Laimjala_vallavalitsus, lk 31
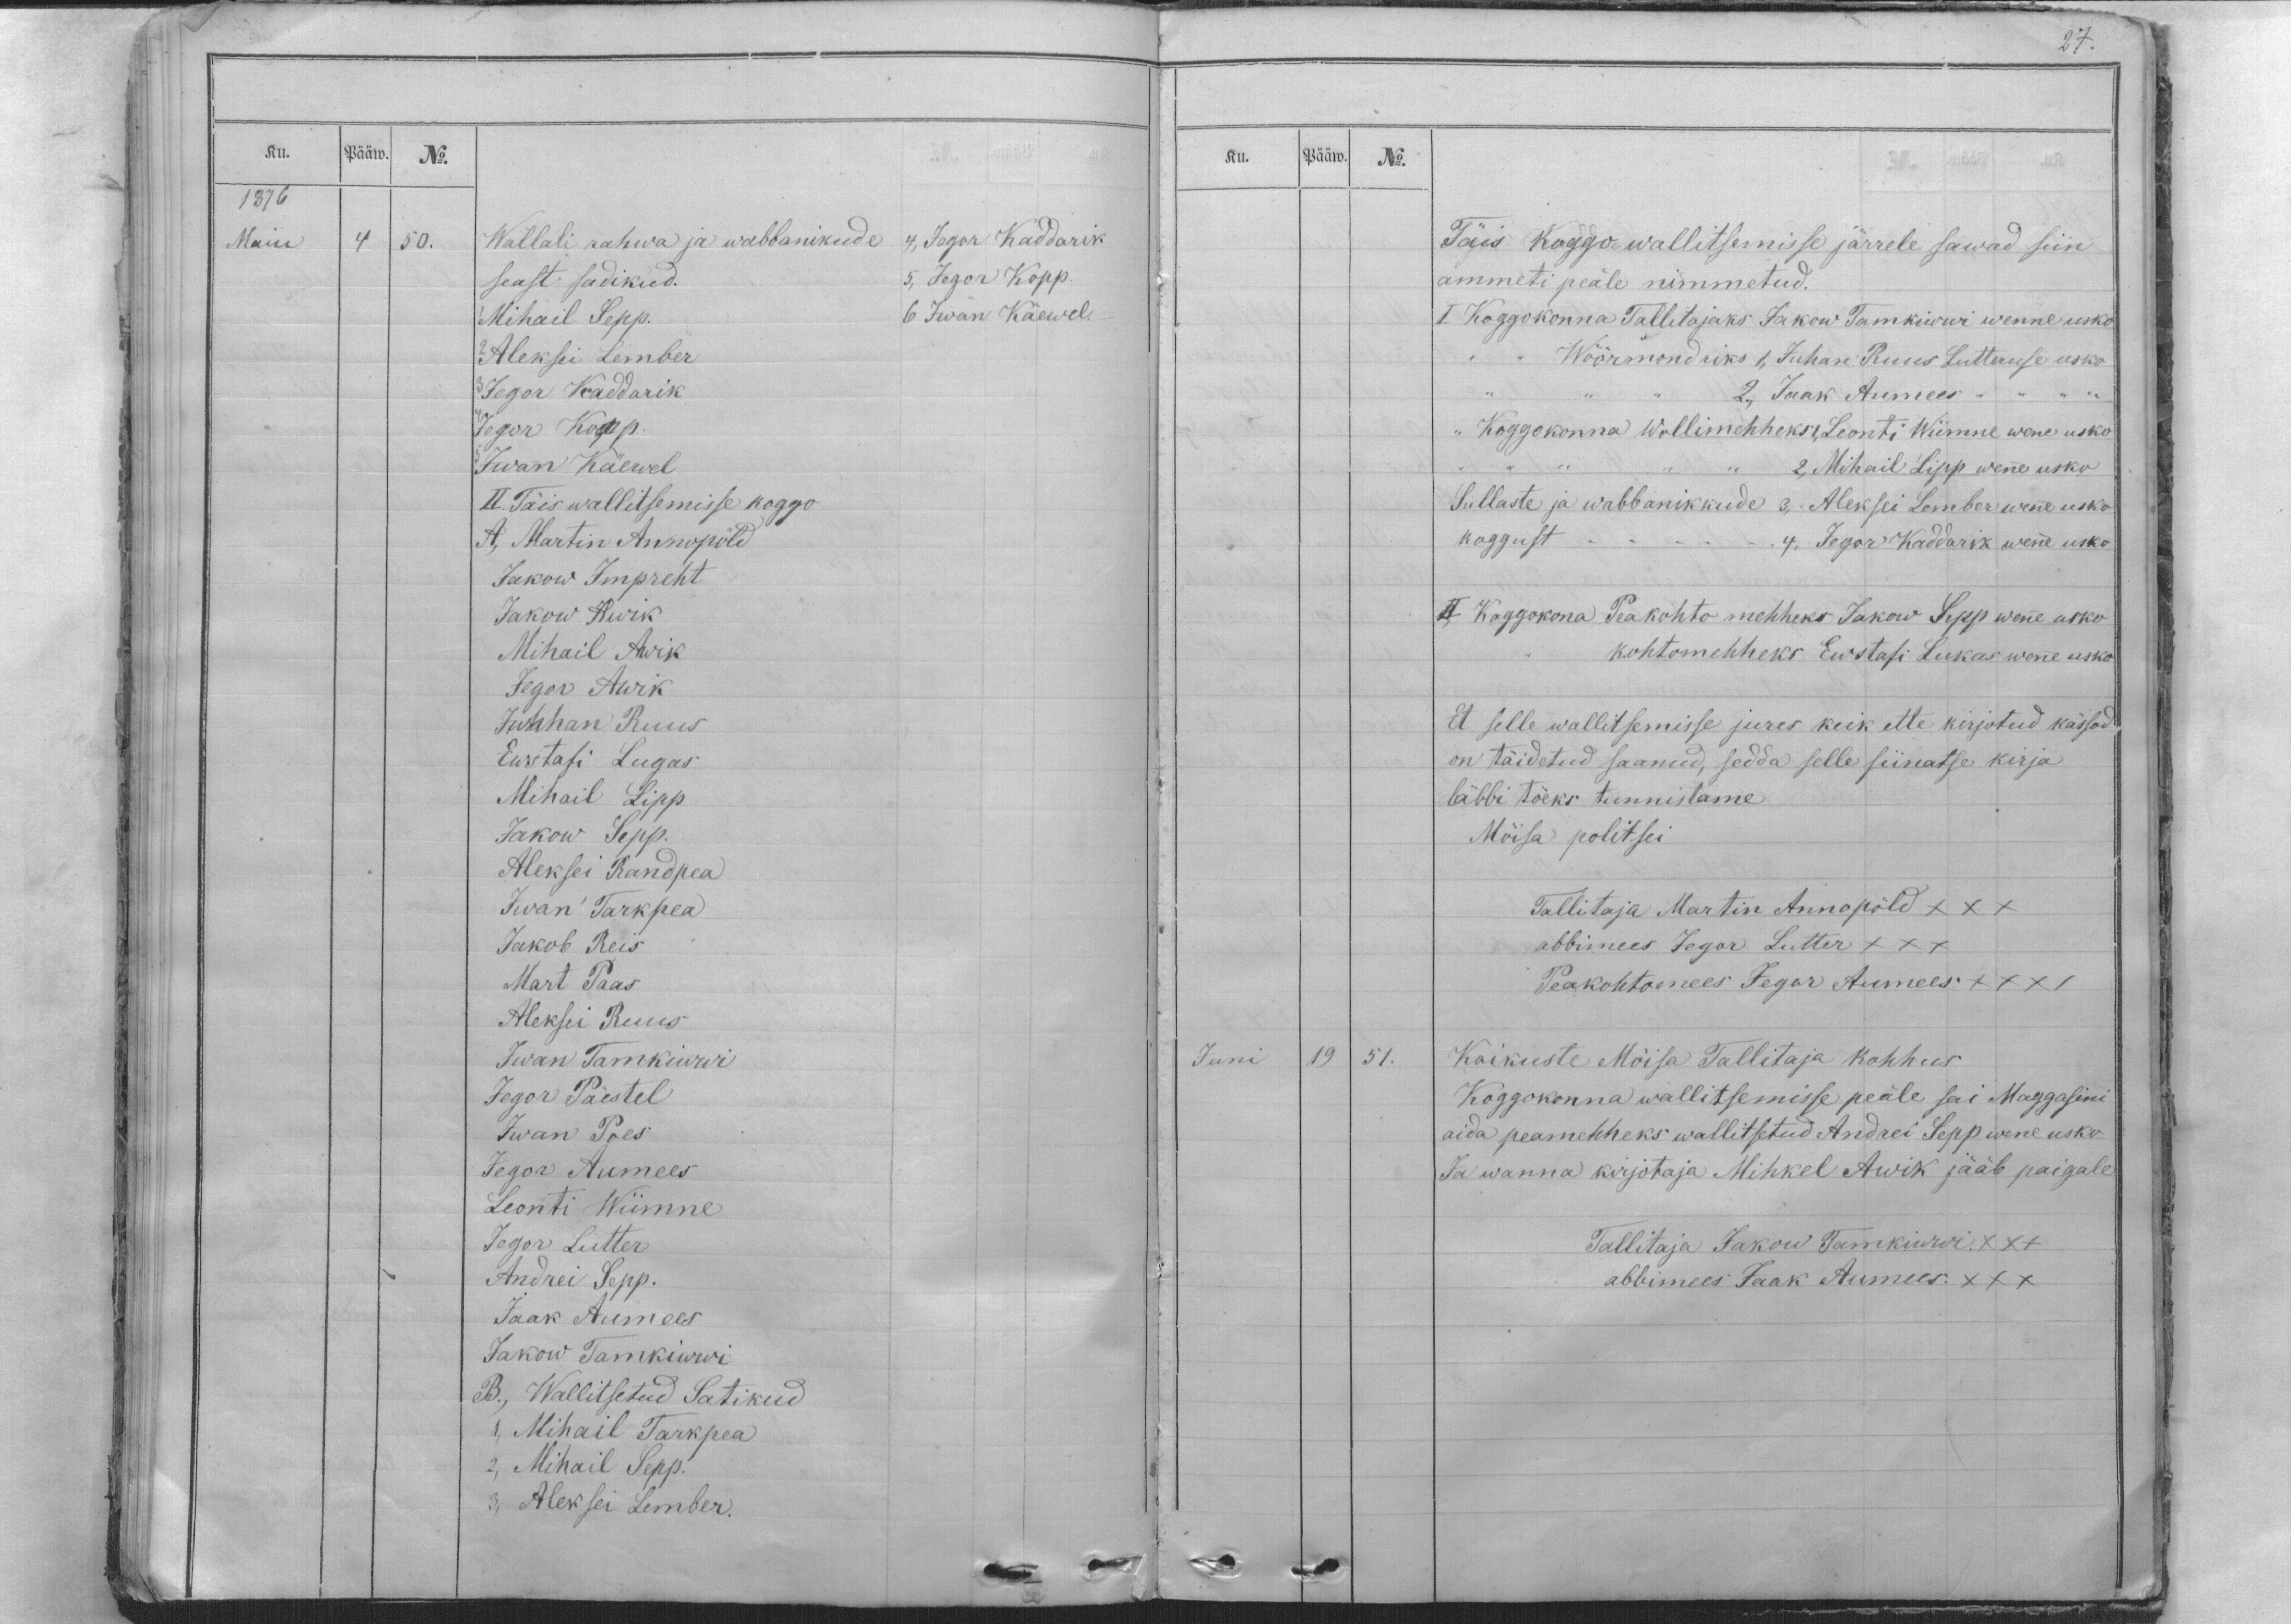
Ku.
Pääw.
No.
1876
Maiu
4
50.
Wallali rahwa ja wabbanikude
4, Jegor Kaddarik
seast sadikud.
5, Jegor Kopp.
1 Mihail Sepp.
6 Iwan Käewel.
2 Aleksei Lember
3 Jegor Kaddarik
4 Jegor Kopp.
5 Iwan Käewel
II. Täis wallitsemisse koggo
A, Martin Annopöld
Jakow Impreht
Jakow Awik
Mihail Awik
Jegor Awik
Juhhan Ruus
Ewstafi Lugas
Mihail Lipp
Jakow Sepp.
Aleksei Randpea
Iwan Tarkpea
Jakob Reis
Mart Paas
Aleksei Ruus
Iwan Tamkiwwi
Jegor Päestel
Iwan Poes
Jegor Aumees
Leonti Wiimne
Jegor Lutter
Andrei Sepp.
Jaak Aumees
Jakow Tamkiwwi
B., Wallitsetud Satikud
1, Mihail Tarkpea
2, Mihail Sepp.
3. Aleksei Lember.

27.
Ku.
Pääw.
No.
Täis koggo wallitsemisse järrele sawad siin
ammeti peäle nimmetud.
I Koggokonna Tallitajaks Jakow Tamkiwwi wenne usko
,, ,, Wöörmondriks 1, Juhan Ruus Lutteruse usko
,, ,, ,, 2., Jaak Aumees ,, ,, ,, ,,
,, Koggokonna Wollimehheks 1, Leonti Wiimne wene usko
,, ,, ,, ,, ,, 2, Mihail Lipp wenne usko
Sullaste ja wabbanikkude 3,. Aleksei Lember wenne usko
koggust - - - - 4, Jegor Kaddarik wenne usko
II Koggokona Peakohto mehheks Jakow Sepp wenne usko
,, kohtomehheks Ewstafi Lukas wenne usko
Et selle wallitsemisse jures keik ette kirjotud kässod
on täidetud saanud, sedda selle siinatse kirja
läbbi töeks tunnistame.
Möisa politsei
Tallitaja Martin Annopöld XXX
abbimees Jegor Lutter XXX
Peakohtomees Jegor Aumees XXX/
Juni
19
51.
Koikuste Möisa Tallitaja kohhus
Koggokonna wallitsemisse peäle sai Maggasini
aida peamehheks wallitsetud Andrei Sepp wene usko
Ja wanna kirjotaja Mihkel Awik jääb paigale.
Tallitaja Jakow Tamkiwwi. XXX
abbimees Jaak Aumees. XXX